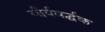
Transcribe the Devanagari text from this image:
वीर्यवर्द्घक